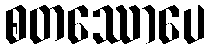
စတဿောပေ